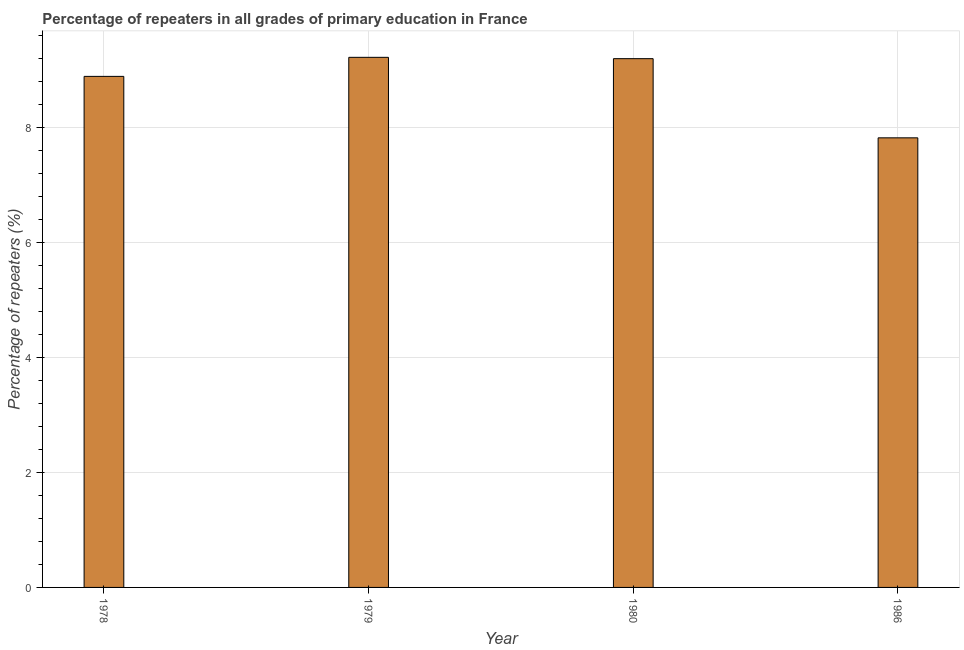
| Year | Repeaters in primary education |
 | --- | --- |
 | 1978 | 8.88 |
 | 1979 | 9.22 |
 | 1980 | 9.19 |
 | 1986 | 7.82 |